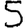
Digit: 5